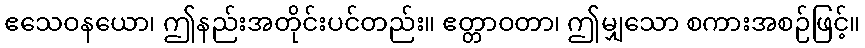
ဧသေဝနယော၊ ဤနည်းအတိုင်းပင်တည်း။ ဧတ္တာဝတာ၊ ဤမျှသော စကားအစဉ်ဖြင့်။